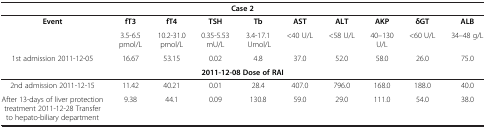
<table><thead><tr><td colspan="10"><b>Case 2</b></td></tr></thead><tbody><tr><td rowspan="2"><b>Event</b></td><td><b>fT3</b></td><td><b>fT4</b></td><td><b>TSH</b></td><td><b>Tb</b></td><td><b>AST</b></td><td><b>ALT</b></td><td><b>AKP</b></td><td><b>δ</b><b>GT</b></td><td><b>ALB</b></td></tr><tr><td>3.5-6.5 pmol/L</td><td>10.2-31.0 pmol/L</td><td>0.35-5.53mU/L</td><td>3.4-17.1 Umol/L</td><td>&lt;40 U/L</td><td>&lt;58 U/L</td><td>40–130 U/L</td><td>&lt;60 U/L</td><td>34–48 g/L</td></tr><tr><td>1st admission 2011-12-05</td><td>16.67</td><td>53.15</td><td>0.02</td><td>4.8</td><td>37.0</td><td>52.0</td><td>58.0</td><td>26.0</td><td>75.0</td></tr><tr><td colspan="10"><b>2011-12-08 Dose of RAI</b></td></tr><tr><td>2nd admission 2011-12-15</td><td>11.42</td><td>40.21</td><td>0.01</td><td>28.4</td><td>407.0</td><td>796.0</td><td>168.0</td><td>188.0</td><td>40.0</td></tr><tr><td>After 13-days of liver protection treatment 2011-12-28 Transfer to hepato-biliary department</td><td>9.38</td><td>44.1</td><td>0.09</td><td>130.8</td><td>59.0</td><td>29.0</td><td>111.0</td><td>54.0</td><td>38.0</td></tr></tbody></table>